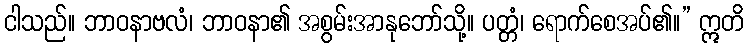
ငါသည်။ ဘာဝနာဗလံ၊ ဘာဝနာ၏ အစွမ်းအာနုဘော်သို့။ ပတ္တံ၊ ရောက်စေအပ်၏။” ဣတိ